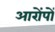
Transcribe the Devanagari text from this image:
आरोंपों